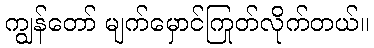
ကျွန်တော် မျက်မှောင်ကြုတ်လိုက်တယ်။